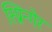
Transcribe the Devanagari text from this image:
स्प्रिन्गेर